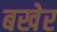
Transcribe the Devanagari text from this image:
बखेर